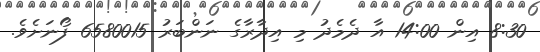
8:30 އިން 14:00 އާ ދެމެދު މި އިދާރާގެ ނަންބަރު 6580015 ފޯނަށެވެ.